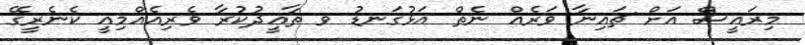
މިރައީސް އަށް ޗައިނާ ވަރެއް ނެތް އަޅުގަނޑު ވ ތާޢީދުކުރާ ވެރިއެއްމިއީ ކެނެރީގޭ